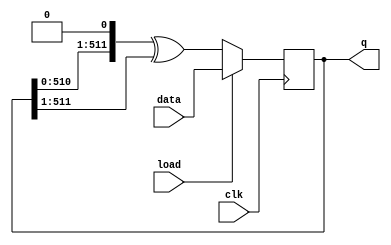
module top_module(
    input clk,
    input load,
    input [511:0] data,
    output [511:0] q );
    reg [511:0] rule_90;
    always@(*)begin
        rule_90 <= (q<<1) ^ (q>>1);
    end
    always@(posedge clk) begin
        if(load)
            q<=data;
        else
            q<=rule_90;
    end
endmodule